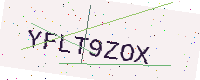
Text: YFLT9ZOX